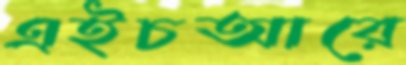
এইচআরে